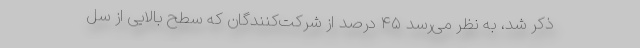
ذکر شد، به نظر می‌رسد ۴۵ درصد از شرکت‌کنندگان که سطح بالایی از سل